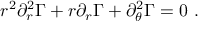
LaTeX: r ^ { 2 } \partial _ { r } ^ { 2 } \Gamma + r \partial _ { r } \Gamma + \partial _ { \theta } ^ { 2 } \Gamma = 0 \ .